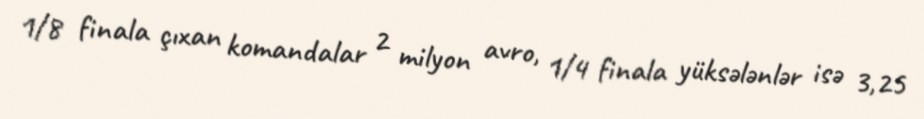
1/8 finala çıxan komandalar 2 milyon avro, 1/4 finala yüksələnlər isə 3,25